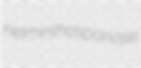
helminthosporiose